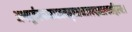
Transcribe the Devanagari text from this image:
अथपूर्वस्यामञजनबृषभध्वजपद्ममाल्यवद्गिरयः।